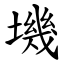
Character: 㙨